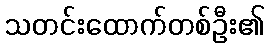
သတင်းထောက်တစ်ဦး၏